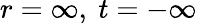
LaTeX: r=\infty,\ t=-\infty